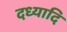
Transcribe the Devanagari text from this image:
दध्यादि